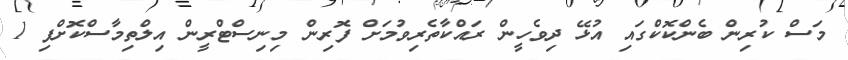
މަސް ކުރިން ބެންކޮކްގައި އުޅޭ ދިވެހީން ރައްކާތެރިވުމަށް ފޮރިން މިނިސްޓްރީން އިލްތިމާސްކޮށްފި 1